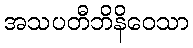
အသပတီဘိနိဝေသာ